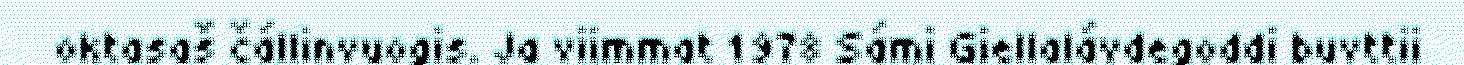
oktasaš čállinvuogis. Ja viimmat 1978 Sámi Giellalávdegoddi buvttii